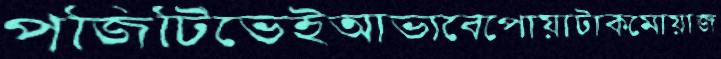
পজিটিভেইআভাবেপোয়াটাকমোয়াজ